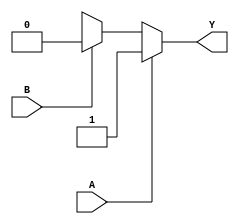
module conditional_assign (
    input wire A,
    input wire B,
    output reg Y
);

always @ *
begin
    if(A == 1'b1)
        Y <= 1'b1;
    else if(B == 1'b1)
        Y <= 1'b0;
    else
        Y <= 1'bx; //don't care state
end

endmodule